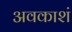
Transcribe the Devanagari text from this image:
अवकाशं